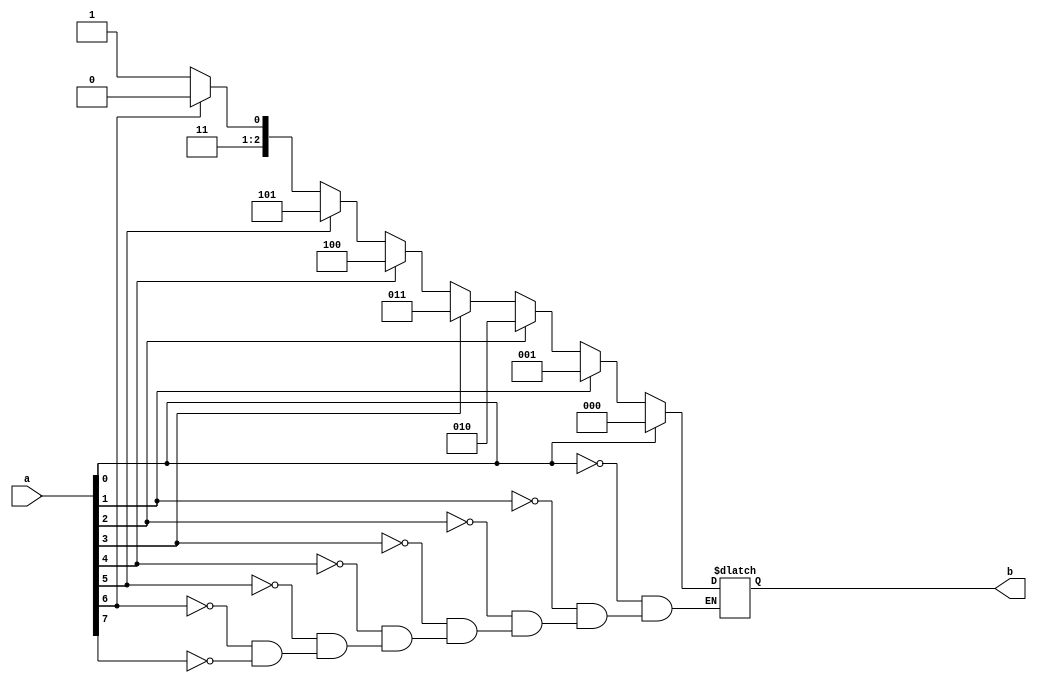
`timescale 1ns / 1ps
//////////////////////////////////////////////////////////////////////////////////
// Company: 
// Engineer: 
// 
// Design Name: 
// Module Name:    Encoder 
// Project Name: 
// Target Devices: 
// Tool versions: 
// Description: 
//
// Dependencies: 
//
// Revision: 
// Revision 0.01 - File Created
// Additional Comments: 
//
//////////////////////////////////////////////////////////////////////////////////
module Encoder(
input [7:0]a,
output reg [2:0]b
    );
always@(a)begin
	if(a[7]==1) begin b=3'b111; end 
	if(a[6]==1) begin b=3'b110; end
	if(a[5]==1) begin b=3'b101; end
	if(a[4]==1) begin b=3'b100; end
	if(a[3]==1) begin b=3'b011; end
	if(a[2]==1) begin b=3'b010; end
	if(a[1]==1) begin b=3'b001; end 
	if(a[0]==1) begin b=3'b000; end
end

endmodule